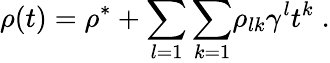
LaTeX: \rho(t)=\rho^{*}+{\sum_{l=1}\sum_{k=1}}\rho_{lk}\gamma^{l}t^{k}\; .